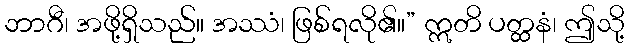
ဘာဂီ၊ အဖို့ရှိသည်။ အဿံ၊ ဖြစ်ရလို၏။” ဣတိ ပတ္ထနံ၊ ဤသို့